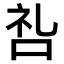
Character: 𫩶